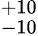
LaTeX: ^{+10}_{-10}